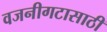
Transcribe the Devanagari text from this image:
वजनीगटासाठी